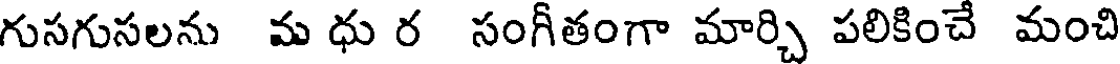
గుసగుసలను మ ధు ర సంగీతంగా మార్చి పలికించే మంచి